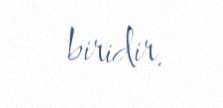
biridir.